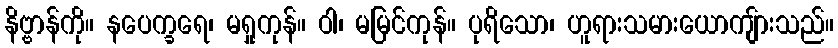
နိဗ္ဗာန်ကို။ နပေက္ခရေ၊ မရှုကုန်။ ဝါ၊ မမြင်ကုန်။ ပုရိသော၊ ဟူရားသမားယောကျ်ားသည်။